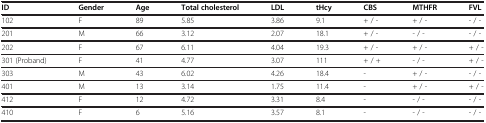
<table><thead><tr><td><b>ID</b></td><td><b>Gender</b></td><td><b>Age</b></td><td><b>Total cholesterol</b></td><td><b>LDL</b></td><td><b>tHcy</b></td><td><b>CBS</b></td><td><b>MTHFR</b></td><td><b>FVL</b></td></tr></thead><tbody><tr><td>102</td><td>F</td><td>89</td><td>5.85</td><td>3.86</td><td>9.1</td><td>+ / -</td><td>+ / -</td><td>- / -</td></tr><tr><td>201</td><td>M</td><td>66</td><td>3.12</td><td>2.07</td><td>18.1</td><td>+ / -</td><td>- / -</td><td>- / -</td></tr><tr><td>202</td><td>F</td><td>67</td><td>6.11</td><td>4.04</td><td>19.3</td><td>+ / -</td><td>+ / -</td><td>+ / -</td></tr><tr><td>301 (Proband)</td><td>F</td><td>41</td><td>4.77</td><td>3.07</td><td>111</td><td>+ / +</td><td>- / -</td><td>+ / -</td></tr><tr><td>303</td><td>M</td><td>43</td><td>6.02</td><td>4.26</td><td>18.4</td><td>-</td><td>+ / -</td><td>- / -</td></tr><tr><td>401</td><td>M</td><td>13</td><td>3.14</td><td>1.75</td><td>11.4</td><td>-</td><td>+ / -</td><td>+ / -</td></tr><tr><td>412</td><td>F</td><td>12</td><td>4.72</td><td>3.31</td><td>8.4</td><td>-</td><td>- / -</td><td>- / -</td></tr><tr><td>410</td><td>F</td><td>6</td><td>5.16</td><td>3.57</td><td>8.1</td><td>-</td><td>- / -</td><td>- / -</td></tr></tbody></table>